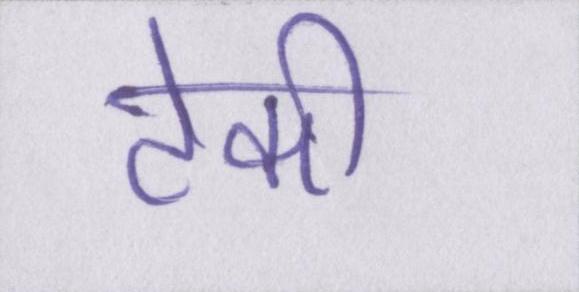
टेकी